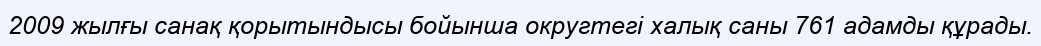
2009 жылғы санақ қорытындысы бойынша округтегі халық саны 761 адамды құрады.